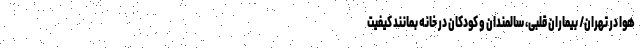
هوا در تهران/ بیماران قلبی، سالمندان و کودکان در خانه بمانند کیفیت